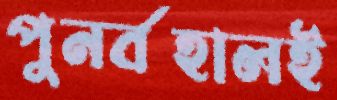
পুনর্বহালই